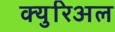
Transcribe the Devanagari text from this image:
क्युरिअल